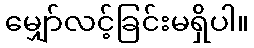
မျှော်လင့်ခြင်းမရှိပါ။